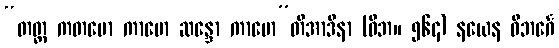
“တတ္ထ ကတမော ကာမော ဆန္ဒော ကာမော”တိအာဒိနာ (ဝိဘ။ ၅၆၄) နယေန ဝိဘင်္ဂေ